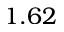
1 . 6 2